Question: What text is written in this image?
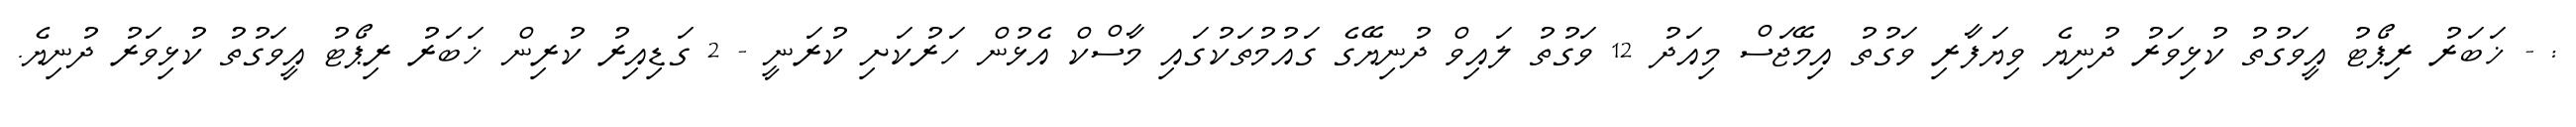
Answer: : - ޚަބަރު ރިޕޯޓު އީވަގުތު ކުޅިވަރު ދުނިޔެ ވިޔަފާރި ވަގުތު އިމޭޖަސް މިއަދު 12 ވަގުތު ލައިވް ދުނިޔޭގެ ގައުމުތަކުގައި މާސްކް އެޅުން ހަރުކަށި ކުރަނީ - 2 ގަޑިއިރު ކުރިން ޚަބަރު ރިޕޯޓު އީވަގުތު ކުޅިވަރު ދުނިޔެ.